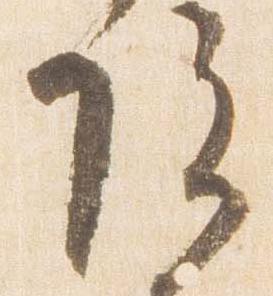
院